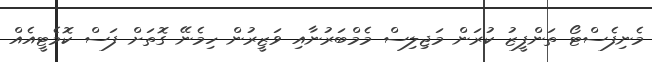
މެނިފެސްޓޯ ތަންފީޒު ކުރަން މަޖިލިސް މެމްބަރުނާއި ވަޒީރުން ހިމެނޭ ގޮތަށް ފަސް ކޮމެޓީއެއް